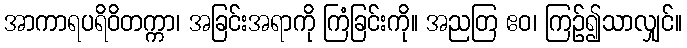
အာကာရပရိဝိတက္ကာ၊ အခြင်းအရာကို ကြံခြင်းကို။ အညတြ ဧဝ၊ ကြဉ်၍သာလျှင်။